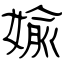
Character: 婾